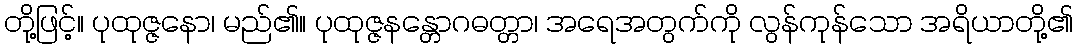
တို့ဖြင့်။ ပုထုဇ္ဇနော၊ မည်၏။ ပုထုဇ္ဇနန္တောဂဓတ္တာ၊ အရေအတွက်ကို လွန်ကုန်သော အရိယာတို့၏